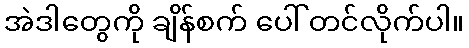
အဲဒါတွေကို ချိန်စက် ပေါ် တင်လိုက်ပါ။